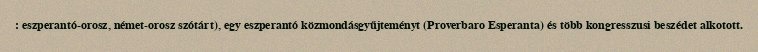
: eszperantó-orosz, német-orosz szótárt), egy eszperantó közmondásgyűjteményt (Proverbaro Esperanta) és több kongresszusi beszédet alkotott.